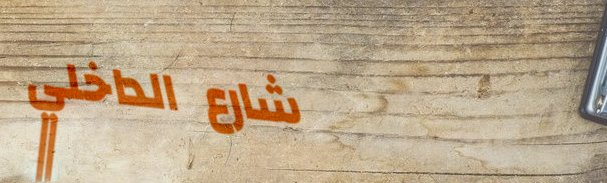
شارع الداخلي